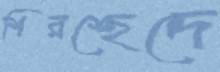
শিরশ্ছেদে